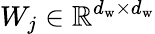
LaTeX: W_{j}\in\mathbb{R}^{d_{\mathrm{w}}\times d_{\mathrm{w}}}